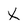
Character: X